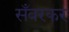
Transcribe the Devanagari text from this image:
सँवरकर